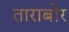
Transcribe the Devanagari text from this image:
ताराबोर